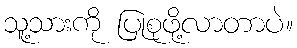
သူ့သားကို ပြုစုဖို့လာတာပဲ။